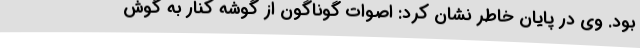
بود. وی در پایان خاطر نشان کرد: اصوات گوناگون از گوشه کنار به گوش